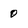
Character: 0